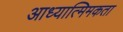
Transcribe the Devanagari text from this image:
आध्यात्मिमकता